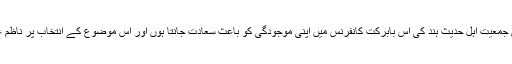
سعودی سفارت خانہ کے شیخ احمد علی الرومی نے کہا کہ میں مرکزی جمعیت اہل حدیث ہند کی اس بابرکت کانفرنس میں اپنی موجودگی کو باعث سعادت جانتا ہوں اور اس موضوع کے انتخاب پر ناظم عمومی مولاناا صغرعلی امام مہدی سلفی کو دلی مبارکباد پیش کرتا ہوں۔